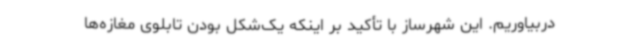
دربیاوریم. این شهرساز با تأکید بر اینکه یک‌شکل بودن تابلوی مغازه‌ها